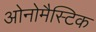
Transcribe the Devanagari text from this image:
ओनोमैस्टिक